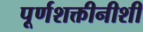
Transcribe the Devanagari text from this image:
पूर्णशक्तीनीशी